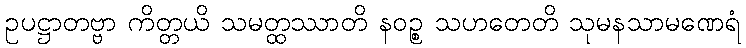
ဥပဋ္ဌာတဗ္ဗာ ကိတ္တယိ သမတ္ထဿာတိ နဝဉ္စ သဟတေတိ သုမနသာမဏေရံ